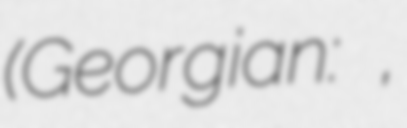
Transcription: (Georgian: ხელოვნური სუნთქვა,